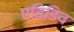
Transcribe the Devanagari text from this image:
एडिडिव